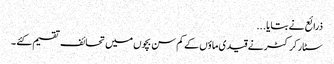
ذرائع نے بتایا ...
سٹار کرکٹر نے قیدی ماؤں کے کم سن بچوں میں تحائف تقسیم کئے ۔